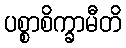
ပစ္စာစိက္ခာမီတိ